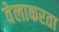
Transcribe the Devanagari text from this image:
वेलाकरता